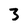
Character: 3